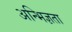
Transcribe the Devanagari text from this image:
अन्भिज्ञता